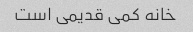
خانه کمی قدیمی است